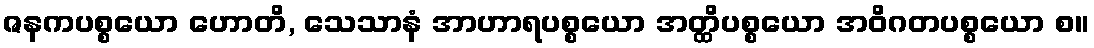
ဇနကပစ္စယော ဟောတိ, သေသာနံ အာဟာရပစ္စယော အတ္ထိပစ္စယော အဝိဂတပစ္စယော စ။